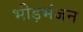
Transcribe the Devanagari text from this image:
भीड़भंजन